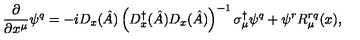
\frac { \partial } { \partial x ^ { \mu } } \psi ^ { q } = - i D _ { x } ( \hat { A } ) \left( D _ { x } ^ { \dagger } ( \hat { A } ) D _ { x } ( \hat { A } ) \right) ^ { - 1 } \sigma _ { \mu } ^ { \dagger } \psi ^ { q } + \psi ^ { r } R _ { \mu } ^ { r q } ( x ) ,